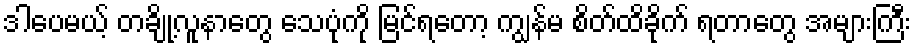
ဒါပေမယ့် တချို့လူနာတွေ သေပုံကို မြင်ရတော့ ကျွန်မ စိတ်ထိခိုက် ရတာတွေ အများကြီး